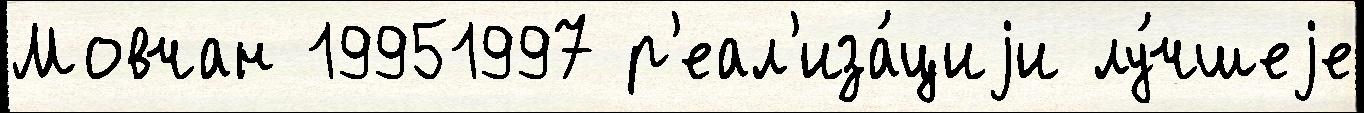
Мовчан 19951997 р'еал'иза́циjи лу́чшеjе